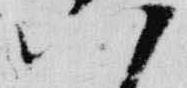
八